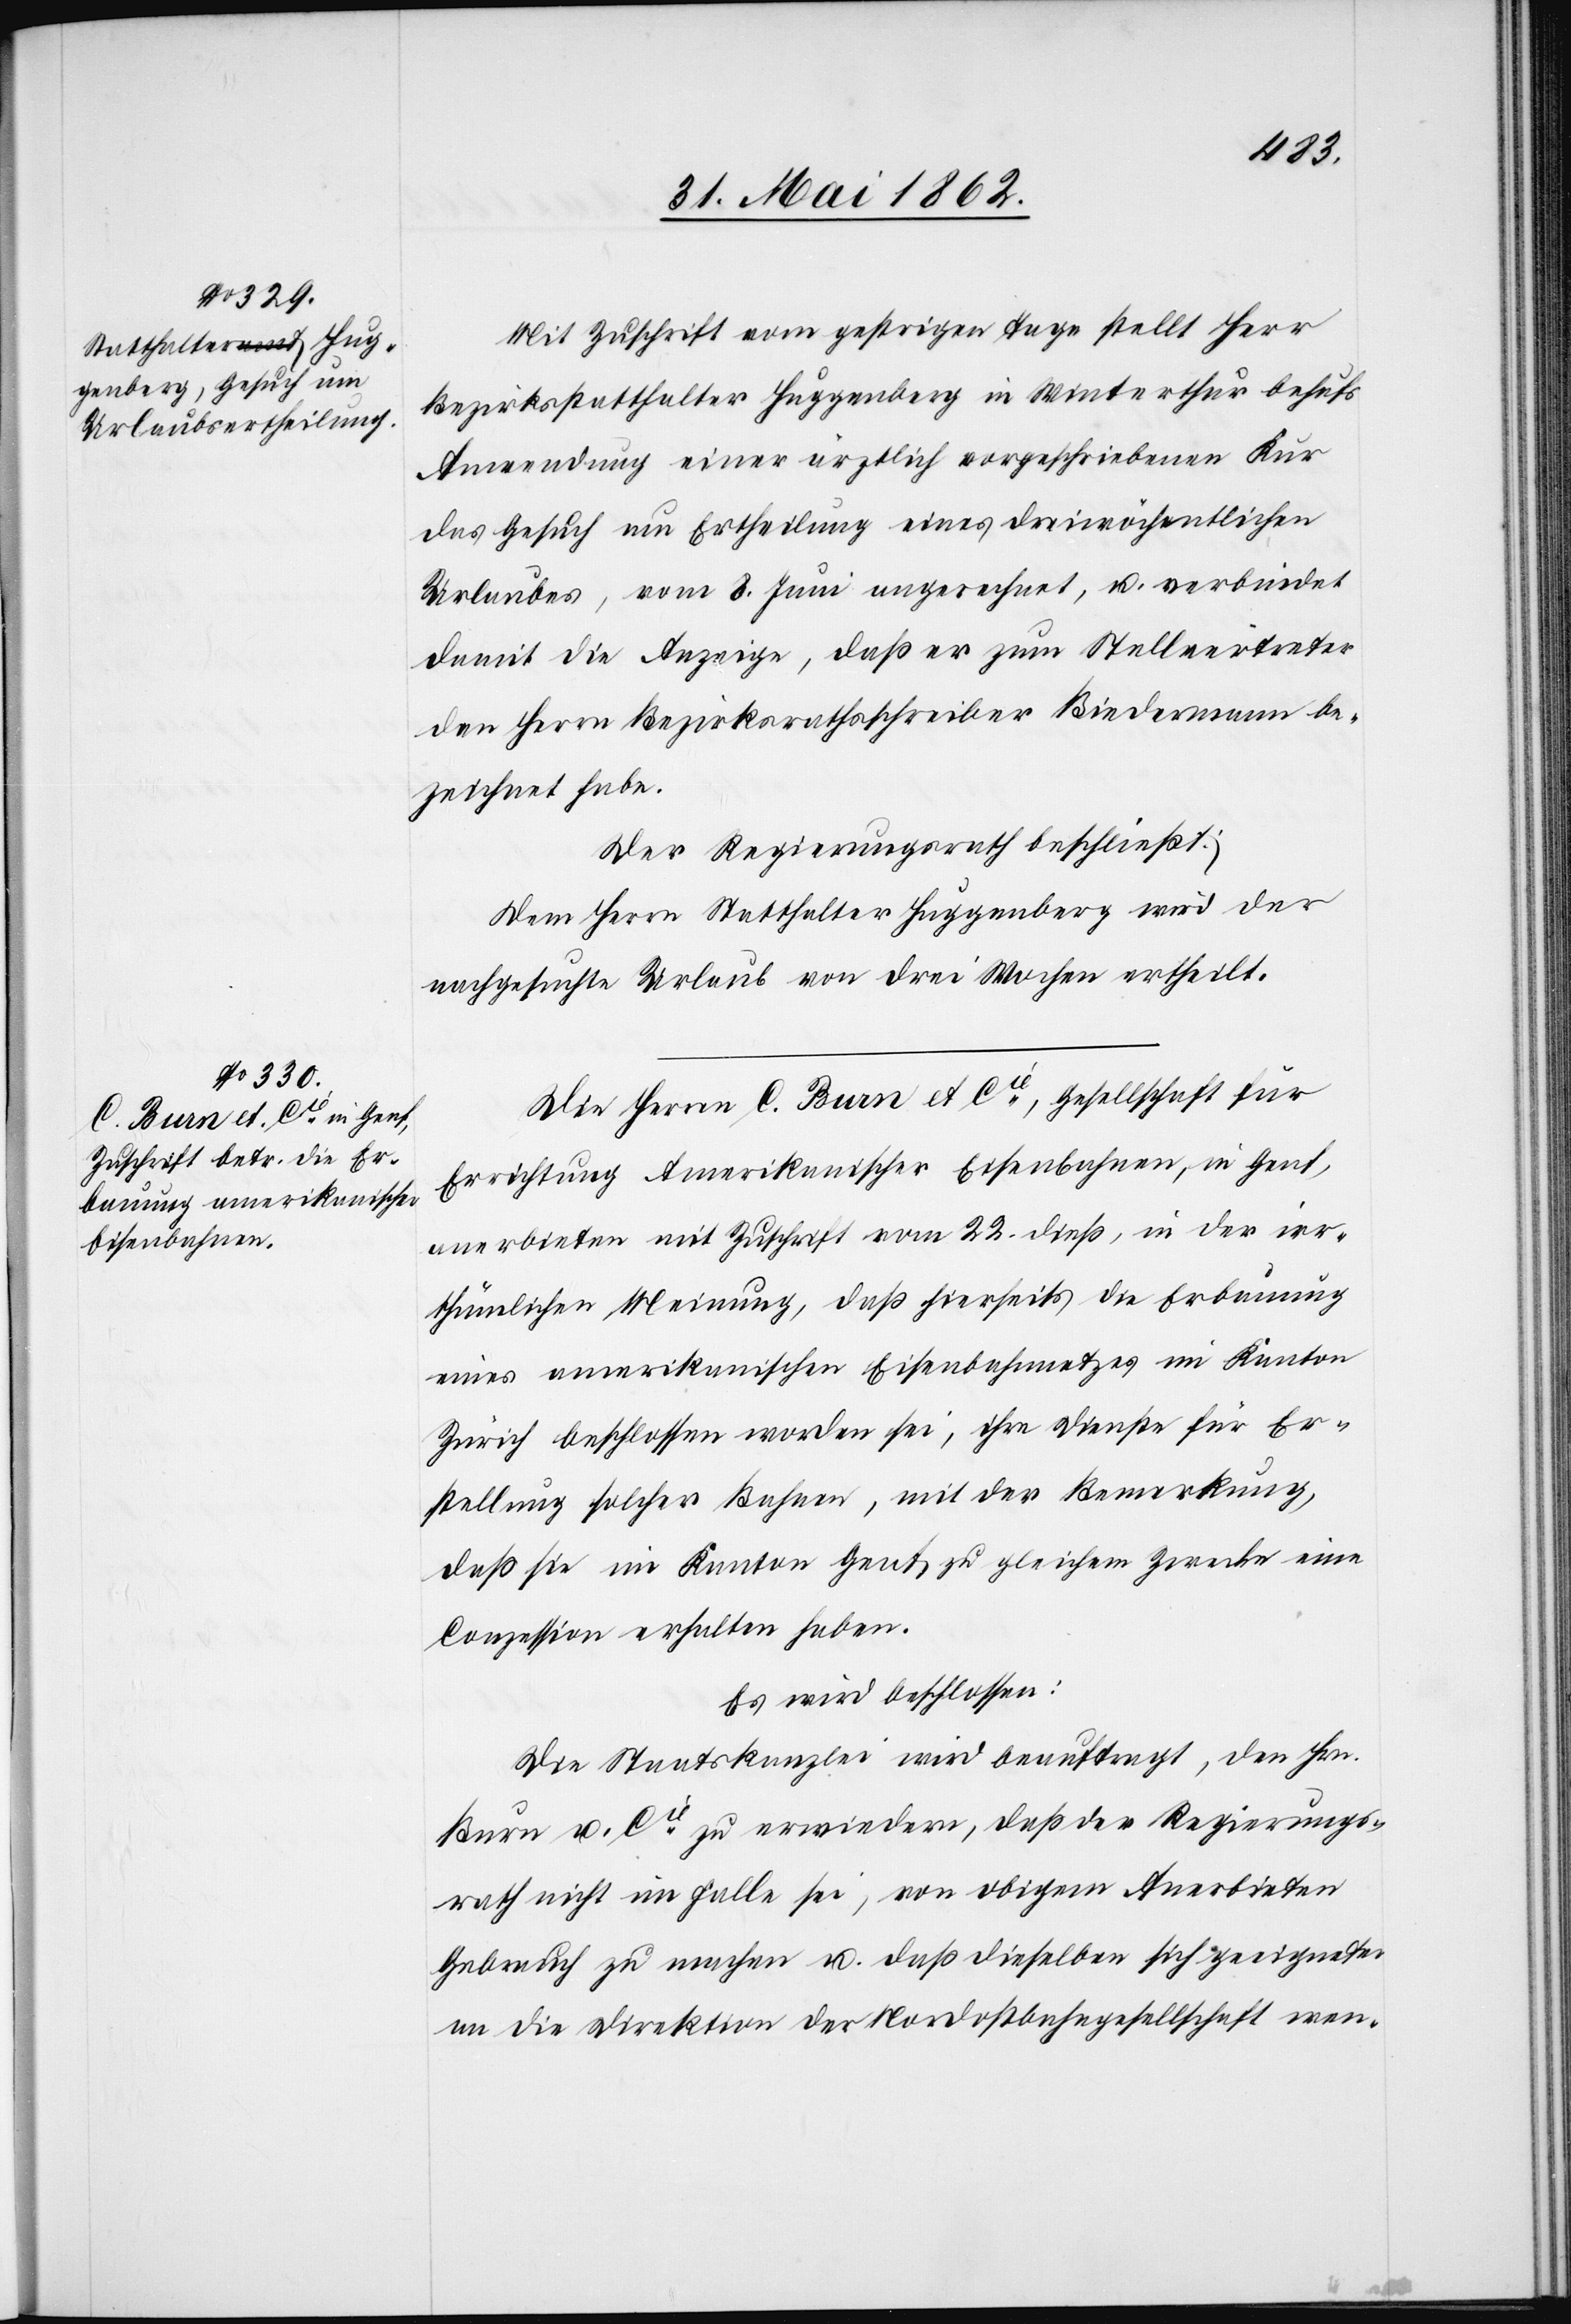
Mit Zuschrift vom gestrigen Tage stellt Herr
Bezirksstatthalter Huggenberg in Winterthur behufs
Anwendung einer ärztlichen vorgeschriebenen Kur
das Gesuch um Ertheilung eines dreiwöchentlichen
Urlaubes, vom 8. Juni angerechnet, u. verbindet
damit die Anzeige, daß er zum Stellvertreter
den Herrn Bezirksrathsschreiber Biedermann be¬
zeichnet habe.
Der Regierungsrath beschließt:
Dem Herrn Statthalter Huggenberg wird der
nachgesuchte Urlaub von drei Wochen ertheilt.
Die Herren C. Burn et Cie, Gesellschaft für
Errichtung Amerikanischer Eisenbahnen, in Genf,
anerbieten mit Zuschrift vom 22. dieß, in der irr¬
thümlichen Meinung, daß hierseits die Erbauung
eines amerikanischen Eisenbahnnetzes im Kanton
Zürich beschlossen worden sei, ihre Dienste für Er¬
stellung solcher Bahnen, mit der Bemerkung,
daß sie im Kanton Genf zu gleichem Zwecke eine
Conzession erhalten haben.
Es wird beschlossen:
Die Staatskanzlei wird beauftragt, dem Hrn.
Burn u. Cie zu erwiedern, daß der Regierungs¬
rath nicht im Falle sei, von obigem Anerbieten
Gebrauch zu machen u. daß dieselben sich geeigneter
an die Direktion der Nordostbahngesellschaft wen-